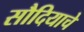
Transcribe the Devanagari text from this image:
सौदियाचे